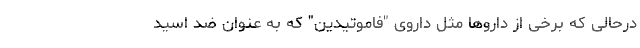
درحالی که برخی از داروها مثل داروی "فاموتیدین" که به عنوان ضد اسید